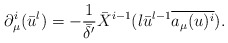
\begin{align*}\partial_{\mu}^i (\bar{u}^l) = -\frac{1}{\bar{\delta'}} \bar{X}^{i-1} (l \bar{u}^{l-1} \overline{a_{\mu}(u)^i}).\end{align*}